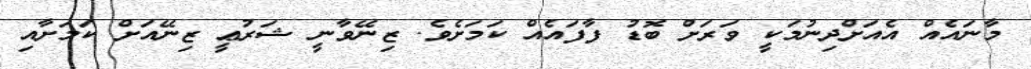
މާނައެއް އެއަށްދިނުމަކީ ވަރަށް ބޮޑު ފާފައެއް ކަމަށެވެ. ޒިނޭވާނީ ޝަރުޢީ ޒިނޭއަށް ކަމަށާއި